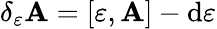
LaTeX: \delta_{\varepsilon}\mathbf{A}=[\varepsilon,\mathbf{A}]-\mathrm{d}\varepsilon